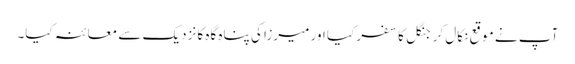
آپ نے موقع نکال کر جنگل کا سفر کیا اور میرزا کی پناہ گاہ کا نزدیک سے معائنہ کیا۔